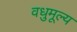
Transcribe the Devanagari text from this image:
वधुमूल्य